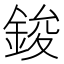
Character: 鋑